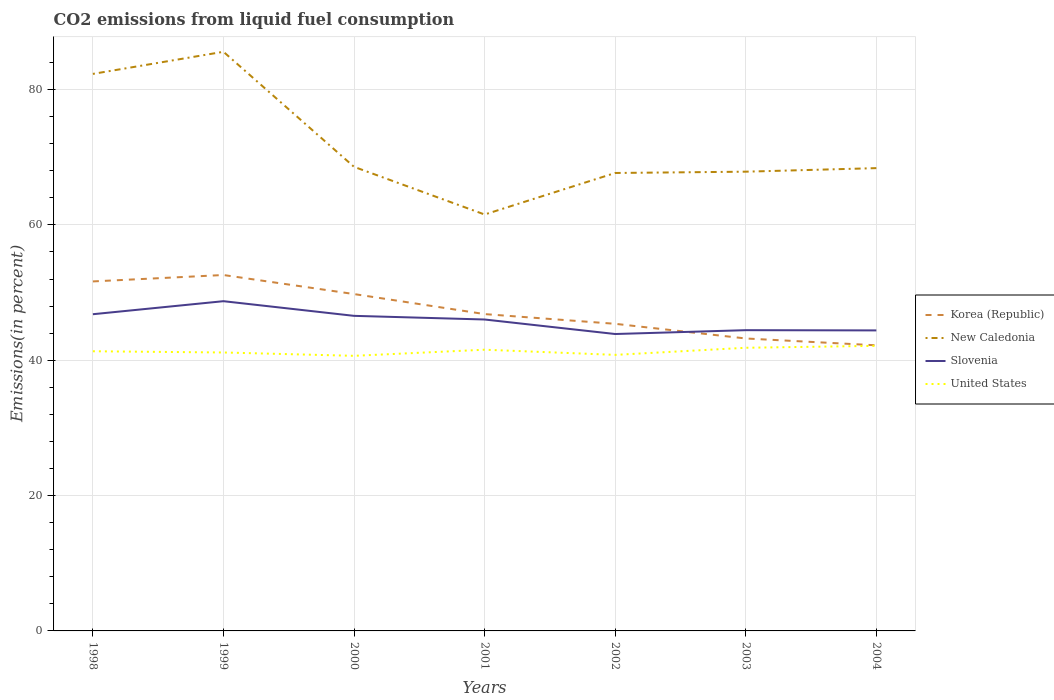
| Years | Korea (Republic) | New Caledonia | Slovenia | United States |
 | --- | --- | --- | --- | --- |
 | 1998 | 51.6 | 82.3 | 46.8 | 41.3 |
 | 1999 | 52.6 | 85.6 | 48.7 | 41.1 |
 | 2000 | 49.8 | 68.6 | 46.6 | 40.7 |
 | 2001 | 46.8 | 61.5 | 46 | 41.6 |
 | 2002 | 45.4 | 67.7 | 43.9 | 40.8 |
 | 2003 | 43.2 | 67.9 | 44.4 | 41.8 |
 | 2004 | 42.2 | 68.4 | 44.4 | 42.1 |